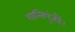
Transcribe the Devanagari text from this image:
शान्तिपुंजहैं।